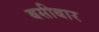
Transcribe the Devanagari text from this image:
बसीबार